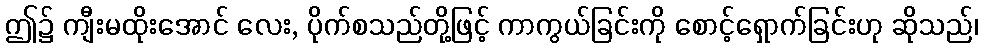
ဤ၌ ကျီးမထိုးအောင် လေး, ပိုက်စသည်တို့ဖြင့် ကာကွယ်ခြင်းကို စောင့်ရှောက်ခြင်းဟု ဆိုသည်၊